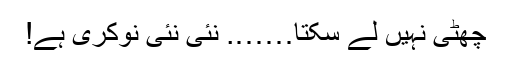
چھٹی نہیں لے سکتا……. نئی نئی نوکری ہے!